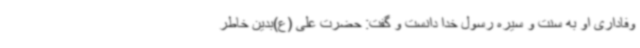
وفاداری او به سنت و سیره رسول خدا دانست و گفت: حضرت علی (ع)بدین خاطر